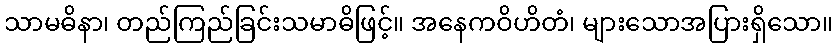
သာမဓိနာ၊ တည်ကြည်ခြင်းသမာဓိဖြင့်။ အနေကဝိဟိတံ၊ များသောအပြားရှိသော။